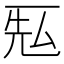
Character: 𰀐